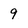
Character: 9